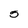
Character: 5